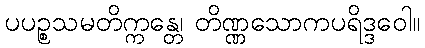
ပပဉ္စသမတိက္ကန္တေ၊ တိဏ္ဏသောကပရိဒ္ဒဝေါ။